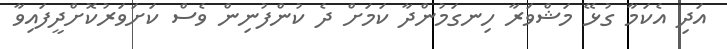
އަދި އެކަމާ ގުޅޭ މަޝްވަރާ ހިނގަމުންދާ ކަމަށް ދެ ކުންފުނިން ވެސް ކަށަވަރުކޮށްދީފައިވާ